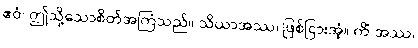
ဧဝံ၊ ဤသို့သောစိတ်အကြံသည်။ သိယာအဿ၊ ဖြစ်ငြားအံ့။ ကိံ အဿ၊